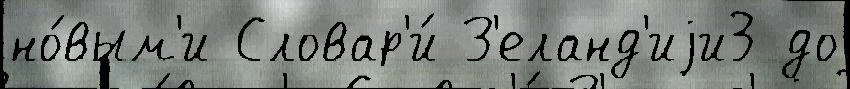
но́вым'и Словар'и́ З'еланд'иjи3 до